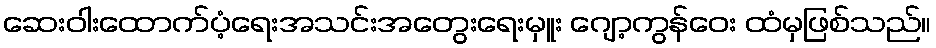
ဆေးဝါးထောက်ပံ့ရေးအသင်းအတွေးရေးမှူး ဂျော့ကွန်ဝေး ထံမှဖြစ်သည်။